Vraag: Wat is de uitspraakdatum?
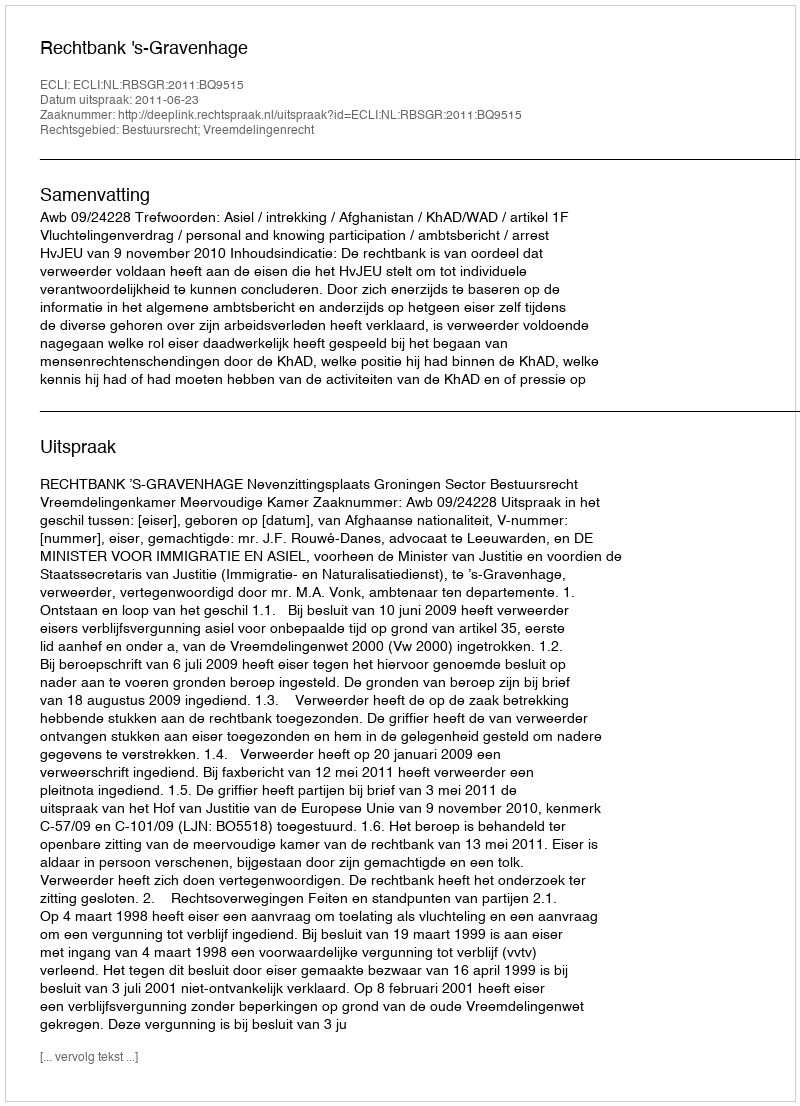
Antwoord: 2011-06-23